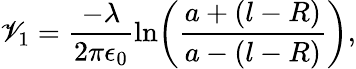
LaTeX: \mathscr{V}_{1}=\frac{{-\lambda}}{{2\pi\epsilon_{0}}}\ln\! \left(\frac{{a+(l-R)}}{{a-(l-R)}}\right),